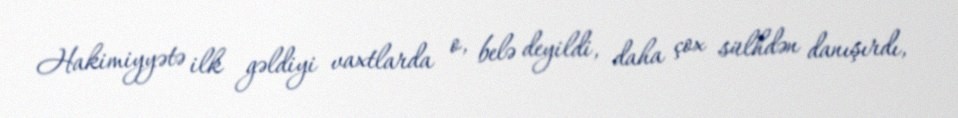
Hakimiyyətə ilk gəldiyi vaxtlarda o, belə deyildi, daha çox sülhdən danışırdı,